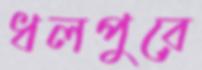
ধলপুরে